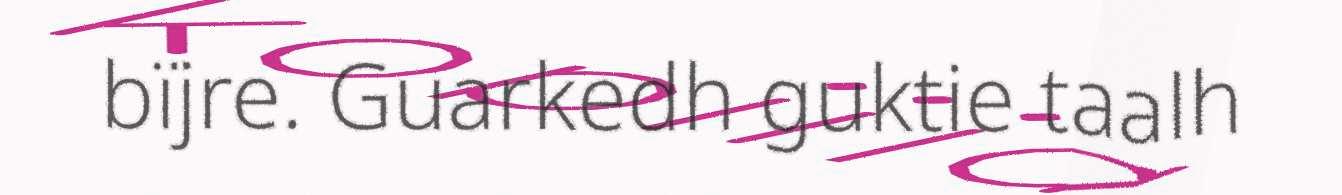
bïjre. Guarkedh guktie taalh